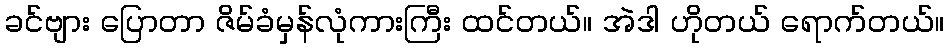
ခင်ဗျား ပြောတာ ဇိမ်ခံမှန်လုံကားကြီး ထင်တယ်။ အဲဒါ ဟိုတယ် ရောက်တယ်။